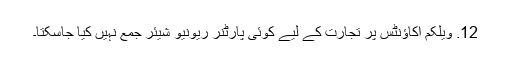
12. ویلکم اکاؤنٹس پر تجارت کے لیے کوئی پارٹنر ریونیو شیئر جمع نہیں کیا جاسکتا۔